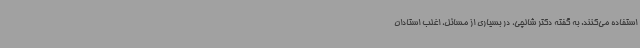
استفاده می‌کنند. به گفته دکتر شالچی، در بسیاری از مسائل، اغلب استادان